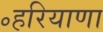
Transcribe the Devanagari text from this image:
॰हरियाणा